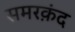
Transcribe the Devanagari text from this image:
समरक़ंद